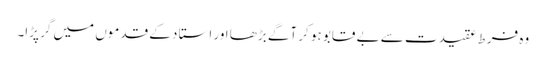
وہ فرط عقیدت سے بے قابو ہو کر آگے بڑھا اور استا د کے قدموں میں گر پڑا۔